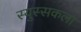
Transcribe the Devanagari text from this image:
स्युस्सकला